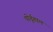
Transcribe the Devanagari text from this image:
पोर्तूगाल